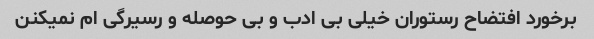
برخورد افتضاح رستوران خیلی بی ادب و بی حوصله و رسیرگی ام نمیکنن